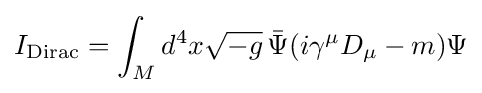
I_{\text{Dirac}}=\int _{M}d^{4}x{\sqrt {-g}}\,{\bar {\Psi }}(i\gamma ^{\mu }D_{\mu }-m)\Psi